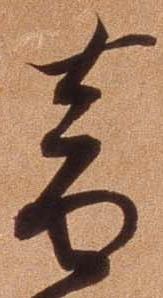
音